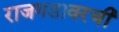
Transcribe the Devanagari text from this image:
राजगडावरची